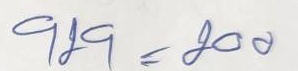
929 = 200